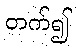
တက်၍